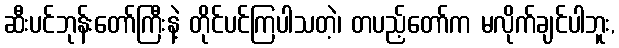
ဆီးပင်ဘုန်းတော်ကြီးနဲ့ တိုင်ပင်ကြပါသတဲ့၊ တပည့်တော်က မလိုက်ချင်ပါဘူး,